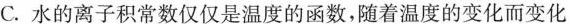
C.水的离子积常数仅仅是温度的函数，随着温度的变化而变化